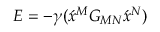
E = - \gamma ( \acute { x } \vphantom { x } ^ { M } G _ { M N } \acute { x } \vphantom { x } ^ { N } )